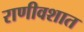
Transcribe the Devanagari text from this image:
राणीवशात